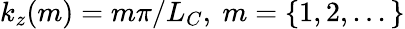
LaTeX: k_{z}(m)=m\pi/L_{C},~m=\{ 1,2,...\}